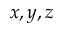
x , y , z